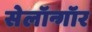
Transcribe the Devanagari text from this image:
सेलॉन्गॉर